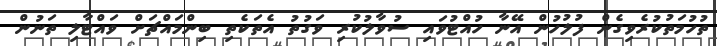
ތުހުމަތުކުރެވިގެން ފުލުހުން އޭނާ ހުއްޓުވައި ސުވާލުކުރި ވަގުތު އެތަކެތި ބިންމައްޗަށް ވައްޓާލި ތަނުން